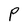
Character: P